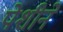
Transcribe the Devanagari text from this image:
पेशीने